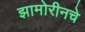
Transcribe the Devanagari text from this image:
झामोरीनचे